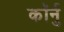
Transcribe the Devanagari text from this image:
कॉर्नु